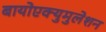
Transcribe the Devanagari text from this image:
बायोएक्युमुलेशन